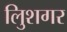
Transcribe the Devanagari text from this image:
लुिशगर